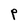
Character: P